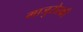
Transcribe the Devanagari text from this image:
माजुरोस्की